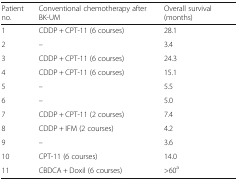
| Patient no. | Conventional chemotherapy after BK-UM | Overall survival (months) |
 | --- | --- | --- |
 | 1 | CDDP + CPT-11 (6 courses) | 28.1 |
 | 2 | – | 3.4 |
 | 3 | CDDP + CPT-11 (6 courses) | 24.3 |
 | 4 | CDDP + CPT-11 (6 courses) | 15.1 |
 | 5 | – | 5.5 |
 | 6 | – | 5.0 |
 | 7 | CDDP + CPT-11 (2 courses) | 7.4 |
 | 8 | CDDP + IFM (2 courses) | 4.2 |
 | 9 | – | 3.6 |
 | 10 | CPT-11 (6 courses) | 14.0 |
 | 11 | CBDCA + Doxil (6 courses) | >60a |